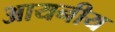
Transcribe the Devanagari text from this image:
आयनीय